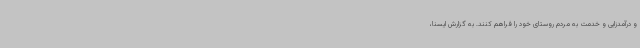
و درآمدزایی و خدمت به مردم روستای خود را فراهم کنند. به گزارش ایسنا،